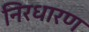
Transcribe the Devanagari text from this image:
निरधारण